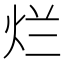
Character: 烂